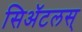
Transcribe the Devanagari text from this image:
सिॲटलस्